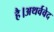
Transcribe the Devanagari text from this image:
है।अथर्ववेद